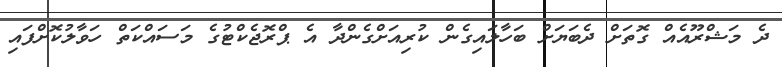
ދެ މަޝްރޫއެއް ގޮތަށް ދެބަޔަށް ބަހާލައިގެން ކުރިއަށްގެންދާ އެ ޕްރޮޖެކްޓުގެ މަސައްކަތް ހަވާލުކޮށްފައި